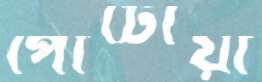
পোটোয়া